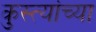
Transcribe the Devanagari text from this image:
कुस्त्यांच्या